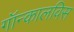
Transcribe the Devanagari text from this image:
गॉन्कालविस